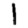
Digit: 1